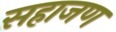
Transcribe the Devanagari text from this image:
सहाजण